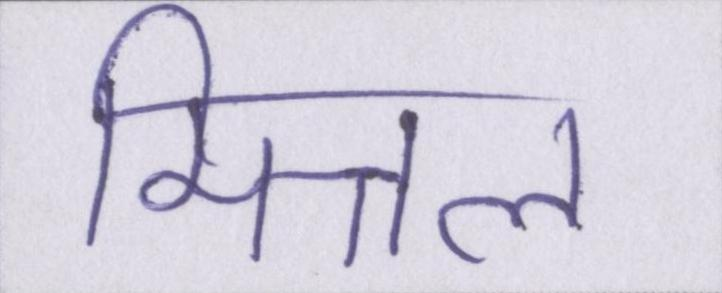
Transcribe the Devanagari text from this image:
मित्तल